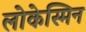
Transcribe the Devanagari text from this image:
लोकेस्मिन